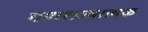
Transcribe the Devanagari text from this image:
गणराज्‍यात्‍मक